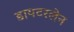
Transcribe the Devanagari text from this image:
डायटरलेन